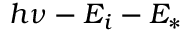
h \nu - E _ { i } - E _ { * }